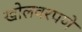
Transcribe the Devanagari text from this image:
खोलवरपणे